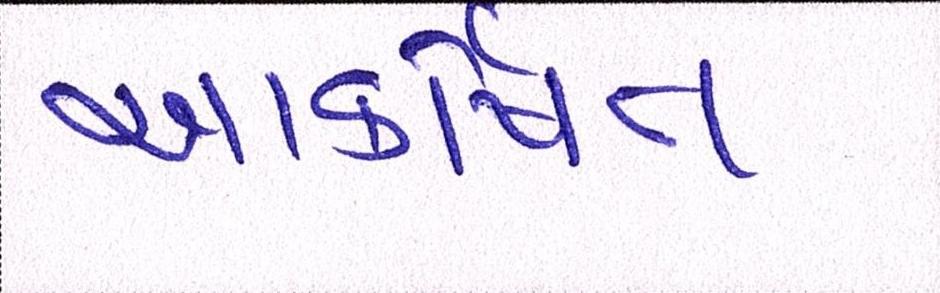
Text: આકર્ષિત